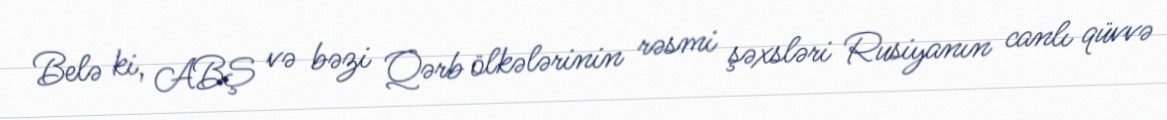
Belə ki, ABŞ və bəzi Qərb ölkələrinin rəsmi şəxsləri Rusiyanın canlı qüvvə